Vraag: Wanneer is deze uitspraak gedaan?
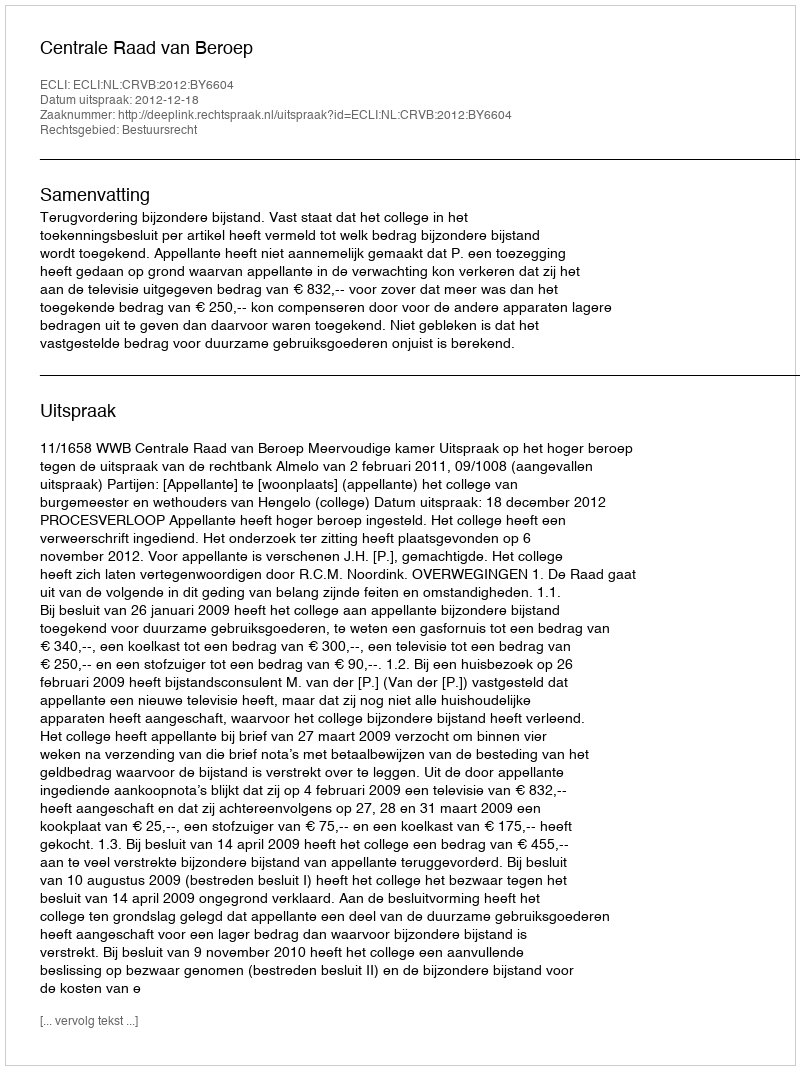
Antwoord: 2012-12-18